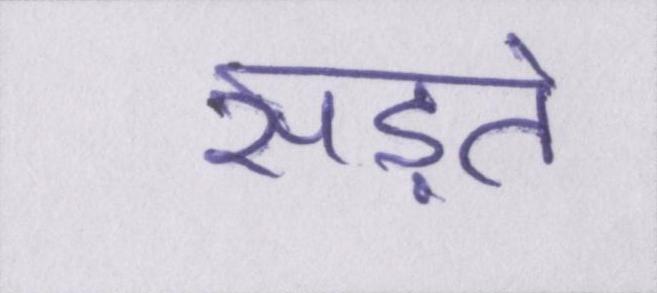
सड़ते